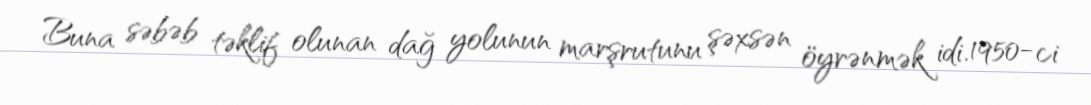
Buna səbəb təklif olunan dağ yolunun marşrutunu şəxsən öyrənmək idi. 1950-ci